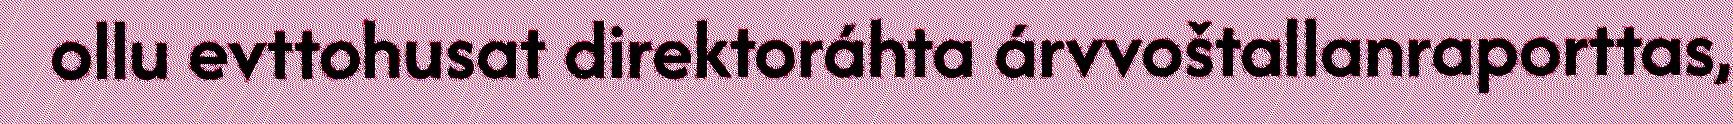
ollu evttohusat direktoráhta árvvoštallanraporttas,